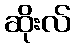
ဆိုးလ်